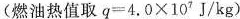
(燃油热值取$$q = 4 . 0 \times 10^{ 7} J / k g $$)